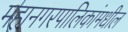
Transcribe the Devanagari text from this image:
महानगरपालिकांमधील